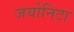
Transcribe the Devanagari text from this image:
जयोनिटा